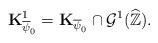
LaTeX: \begin{align*}\mathbf{K}_{{\overline{\psi}_0}}^1=\mathbf{K}_{{\overline{\psi}_0}}\cap\mathcal{G}^1(\widehat{\mathbb{Z}}).\end{align*}